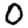
Digit: 0